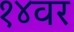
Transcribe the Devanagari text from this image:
१४वर